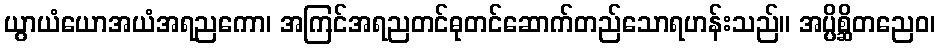
ယွာယံယောအယံအရညကော၊ အကြင်အရညတင်ဓုတင်ဆောက်တည်သောရဟန်းသည်။ အပ္ပိစ္ဆိတညေဝ၊